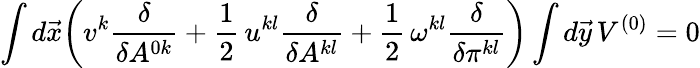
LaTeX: \int d\vec{x}\biggl(v^{k}\frac{\delta}{\delta A^{0k}}+\frac{1}{2}\, u^{kl}\frac{\delta}{\delta A^{kl}}+\frac{1}{2}\, \omega^{kl}\frac{\delta}{\delta\pi^{kl}}\biggr)\int d\vec{y}\, V^{(0)}=0